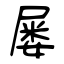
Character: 屡